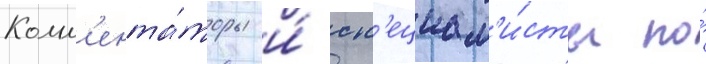
Комм'ента́торы и́ сп'ециал'и́сты по́